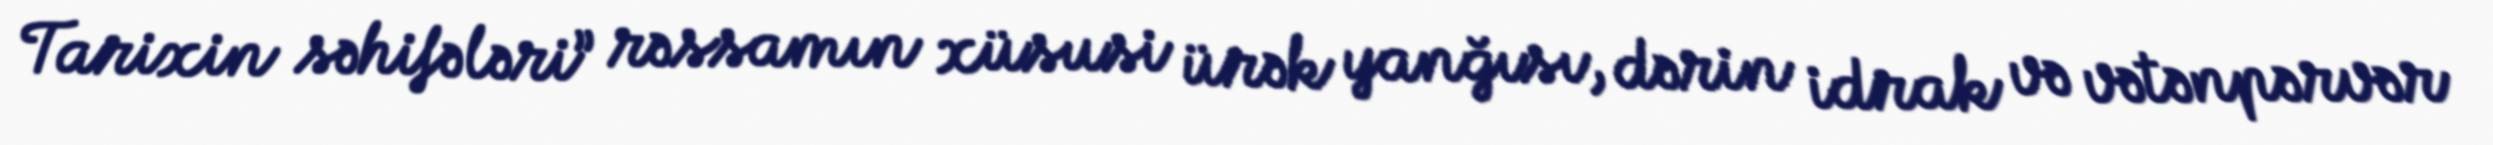
Tarixin səhifələri” rəssamın xüsusi ürək yanğısı, dərin idrak və vətənpərvər